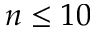
n \leq 1 0